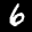
Label: 6